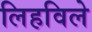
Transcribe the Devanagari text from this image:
लिहविले